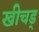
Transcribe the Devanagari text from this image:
खीचड्